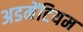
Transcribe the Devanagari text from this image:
अडमेंटियम